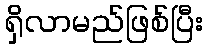
ရှိလာမည်ဖြစ်ပြီး